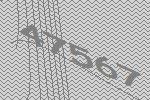
47567